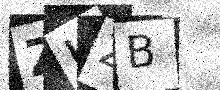
Text: ZKZB